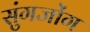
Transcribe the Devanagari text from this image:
सुंगजोंग